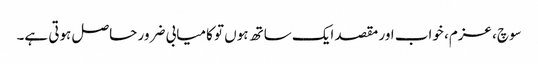
سوچ، عزم، خواب اور مقصد ایک ساتھ ہوں تو کامیابی ضرور حاصل ہوتی ہے۔